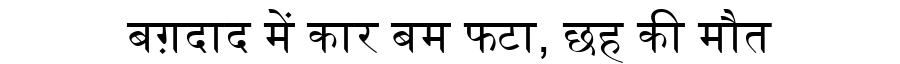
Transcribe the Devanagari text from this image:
बग़दाद में कार बम फटा, छह की मौत